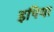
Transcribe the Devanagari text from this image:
इपिया